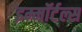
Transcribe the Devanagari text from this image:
इम्मॉर्टल्स